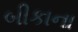
બીકાના